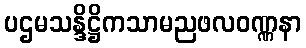
ပဌမသန္ဒိဋ္ဌိကသာမညဖလဝဏ္ဏနာ